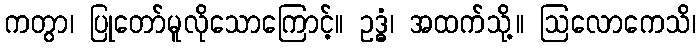
ကတွာ၊ ပြုတော်မူလိုသောကြောင့်။ ဥဒ္ဓံ၊ အထက်သို့။ ဩလောကေသိ၊